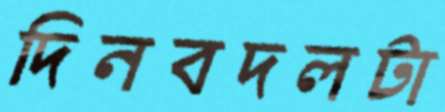
দিনবদলটা